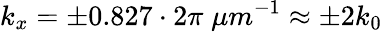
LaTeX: k_{x}=\pm 0.827\cdot 2\pi\; \mu m^{-1}\approx\pm 2k_{0}